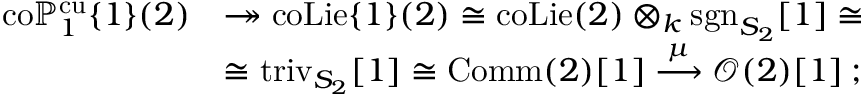
\begin{array} { r l } { \mathrm { c o } \mathbb { P } _ { 1 } ^ { \mathrm { c u } } \{ 1 \} ( 2 ) } & { \twoheadrightarrow \mathrm { c o L i e } \{ 1 \} ( 2 ) \cong \mathrm { c o L i e } ( 2 ) \otimes _ { k } \mathrm { s g n } _ { S _ { 2 } } [ 1 ] \cong } \\ & { \cong \mathrm { t r i v } _ { S _ { 2 } } [ 1 ] \cong \mathrm { C o m m } ( 2 ) [ 1 ] \stackrel { \mu } { \longrightarrow } \mathcal { O } ( 2 ) [ 1 ] \: ; } \end{array}